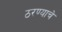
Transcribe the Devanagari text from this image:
ठरण्याचे